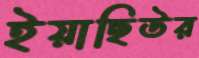
ইয়াছিউর